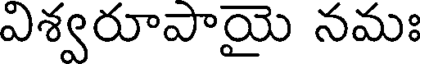
విశ్వరూపాయై నమః